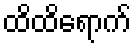
ထိထိရောက်